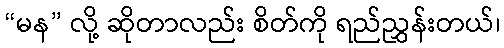
“မန” လို့ ဆိုတာလည်း စိတ်ကို ရည်ညွှန်းတယ်၊